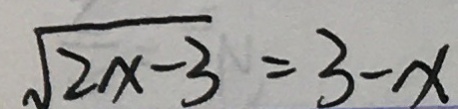
\sqrt { 2 x - 3 } = 3 - x